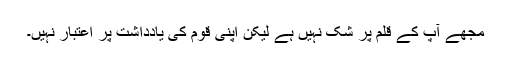
مجھے آپ کے قلم پر شک نہیں ہے لیکن اپنی قوم کی یادداشت پر اعتبار نہیں۔